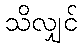
သိလျှင်